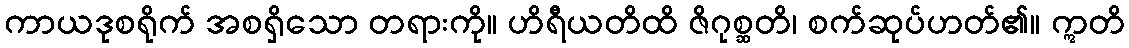
ကာယဒုစရိုက် အစရှိသော တရားကို။ ဟိရီယတိထိ ဇိဂုစ္ဆတိ၊ စက်ဆုပ်ဟတ်၏။ ဣတိ